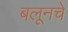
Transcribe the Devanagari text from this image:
बलूनचे